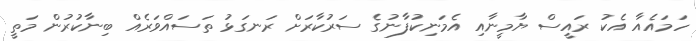
ހަމައެއާ އެކު ރައީސް ޔާމީނާއި އެމަނިކުފާނުގެ ސަރުކާރަށް ރަނގަޅު ތަސައްވަރެއް ބިނާކުރުން މަތީ